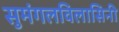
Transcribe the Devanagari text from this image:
सुमंगलविलासिनी